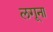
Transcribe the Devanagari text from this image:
लगूना